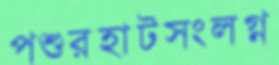
পশুরহাটসংলগ্ন